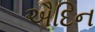
ઐદિન